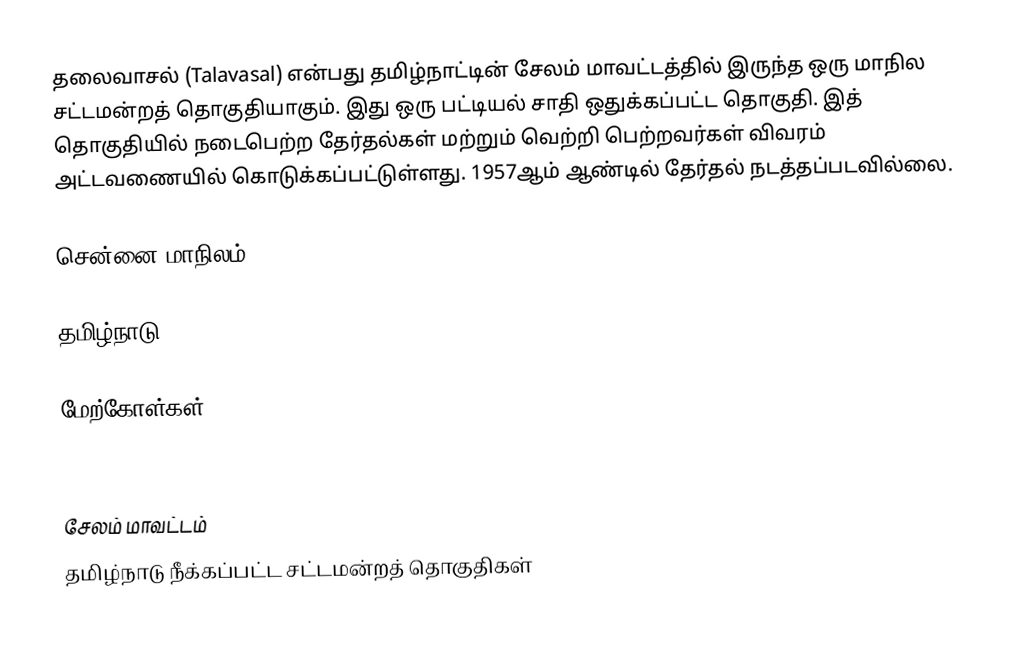
தலைவாசல் (Talavasal) என்பது தமிழ்நாட்டின் சேலம் மாவட்டத்தில் இருந்த ஒரு மாநில சட்டமன்றத் தொகுதியாகும். இது ஒரு பட்டியல் சாதி ஒதுக்கப்பட்ட தொகுதி. இத் தொகுதியில் நடைபெற்ற தேர்தல்கள் மற்றும் வெற்றி பெற்றவர்கள் விவரம் அட்டவணையில் கொடுக்கப்பட்டுள்ளது. 1957ஆம் ஆண்டில் தேர்தல் நடத்தப்படவில்லை.

சென்னை மாநிலம்

தமிழ்நாடு

மேற்கோள்கள்

சேலம் மாவட்டம்
தமிழ்நாடு நீக்கப்பட்ட சட்டமன்றத் தொகுதிகள்